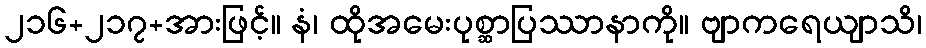
၂၁၆+၂၁၇+အားဖြင့်။ နံ၊ ထိုအမေးပုစ္ဆာပြဿာနာကို။ ဗျာကရေယျာသိ၊